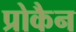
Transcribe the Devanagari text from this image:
प्रोकैन